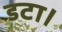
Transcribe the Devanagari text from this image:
डटा।